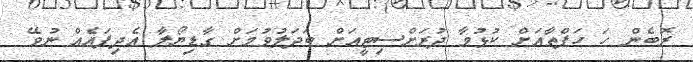
ރޮބެން ހަ ހަފްތާއަށް ކުޅުމާ ދުރަށްސިޓީއަށް ބަދަލުވުމަށް ގާޑިޔޯލާ އެދިފައެއް ނުވޭ